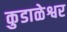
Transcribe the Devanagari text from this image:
कुडाळेश्वर